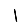
Digit: 1